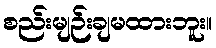
စည်းမျဉ်းချမထားဘူး။